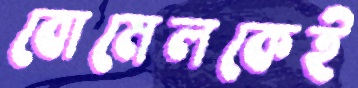
বোমেলকেই